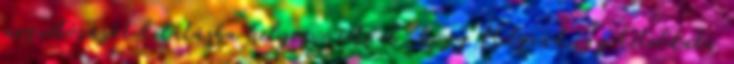
megvétózását kilátásba helyezve érte el, hogy Belgrád egy kétoldalú